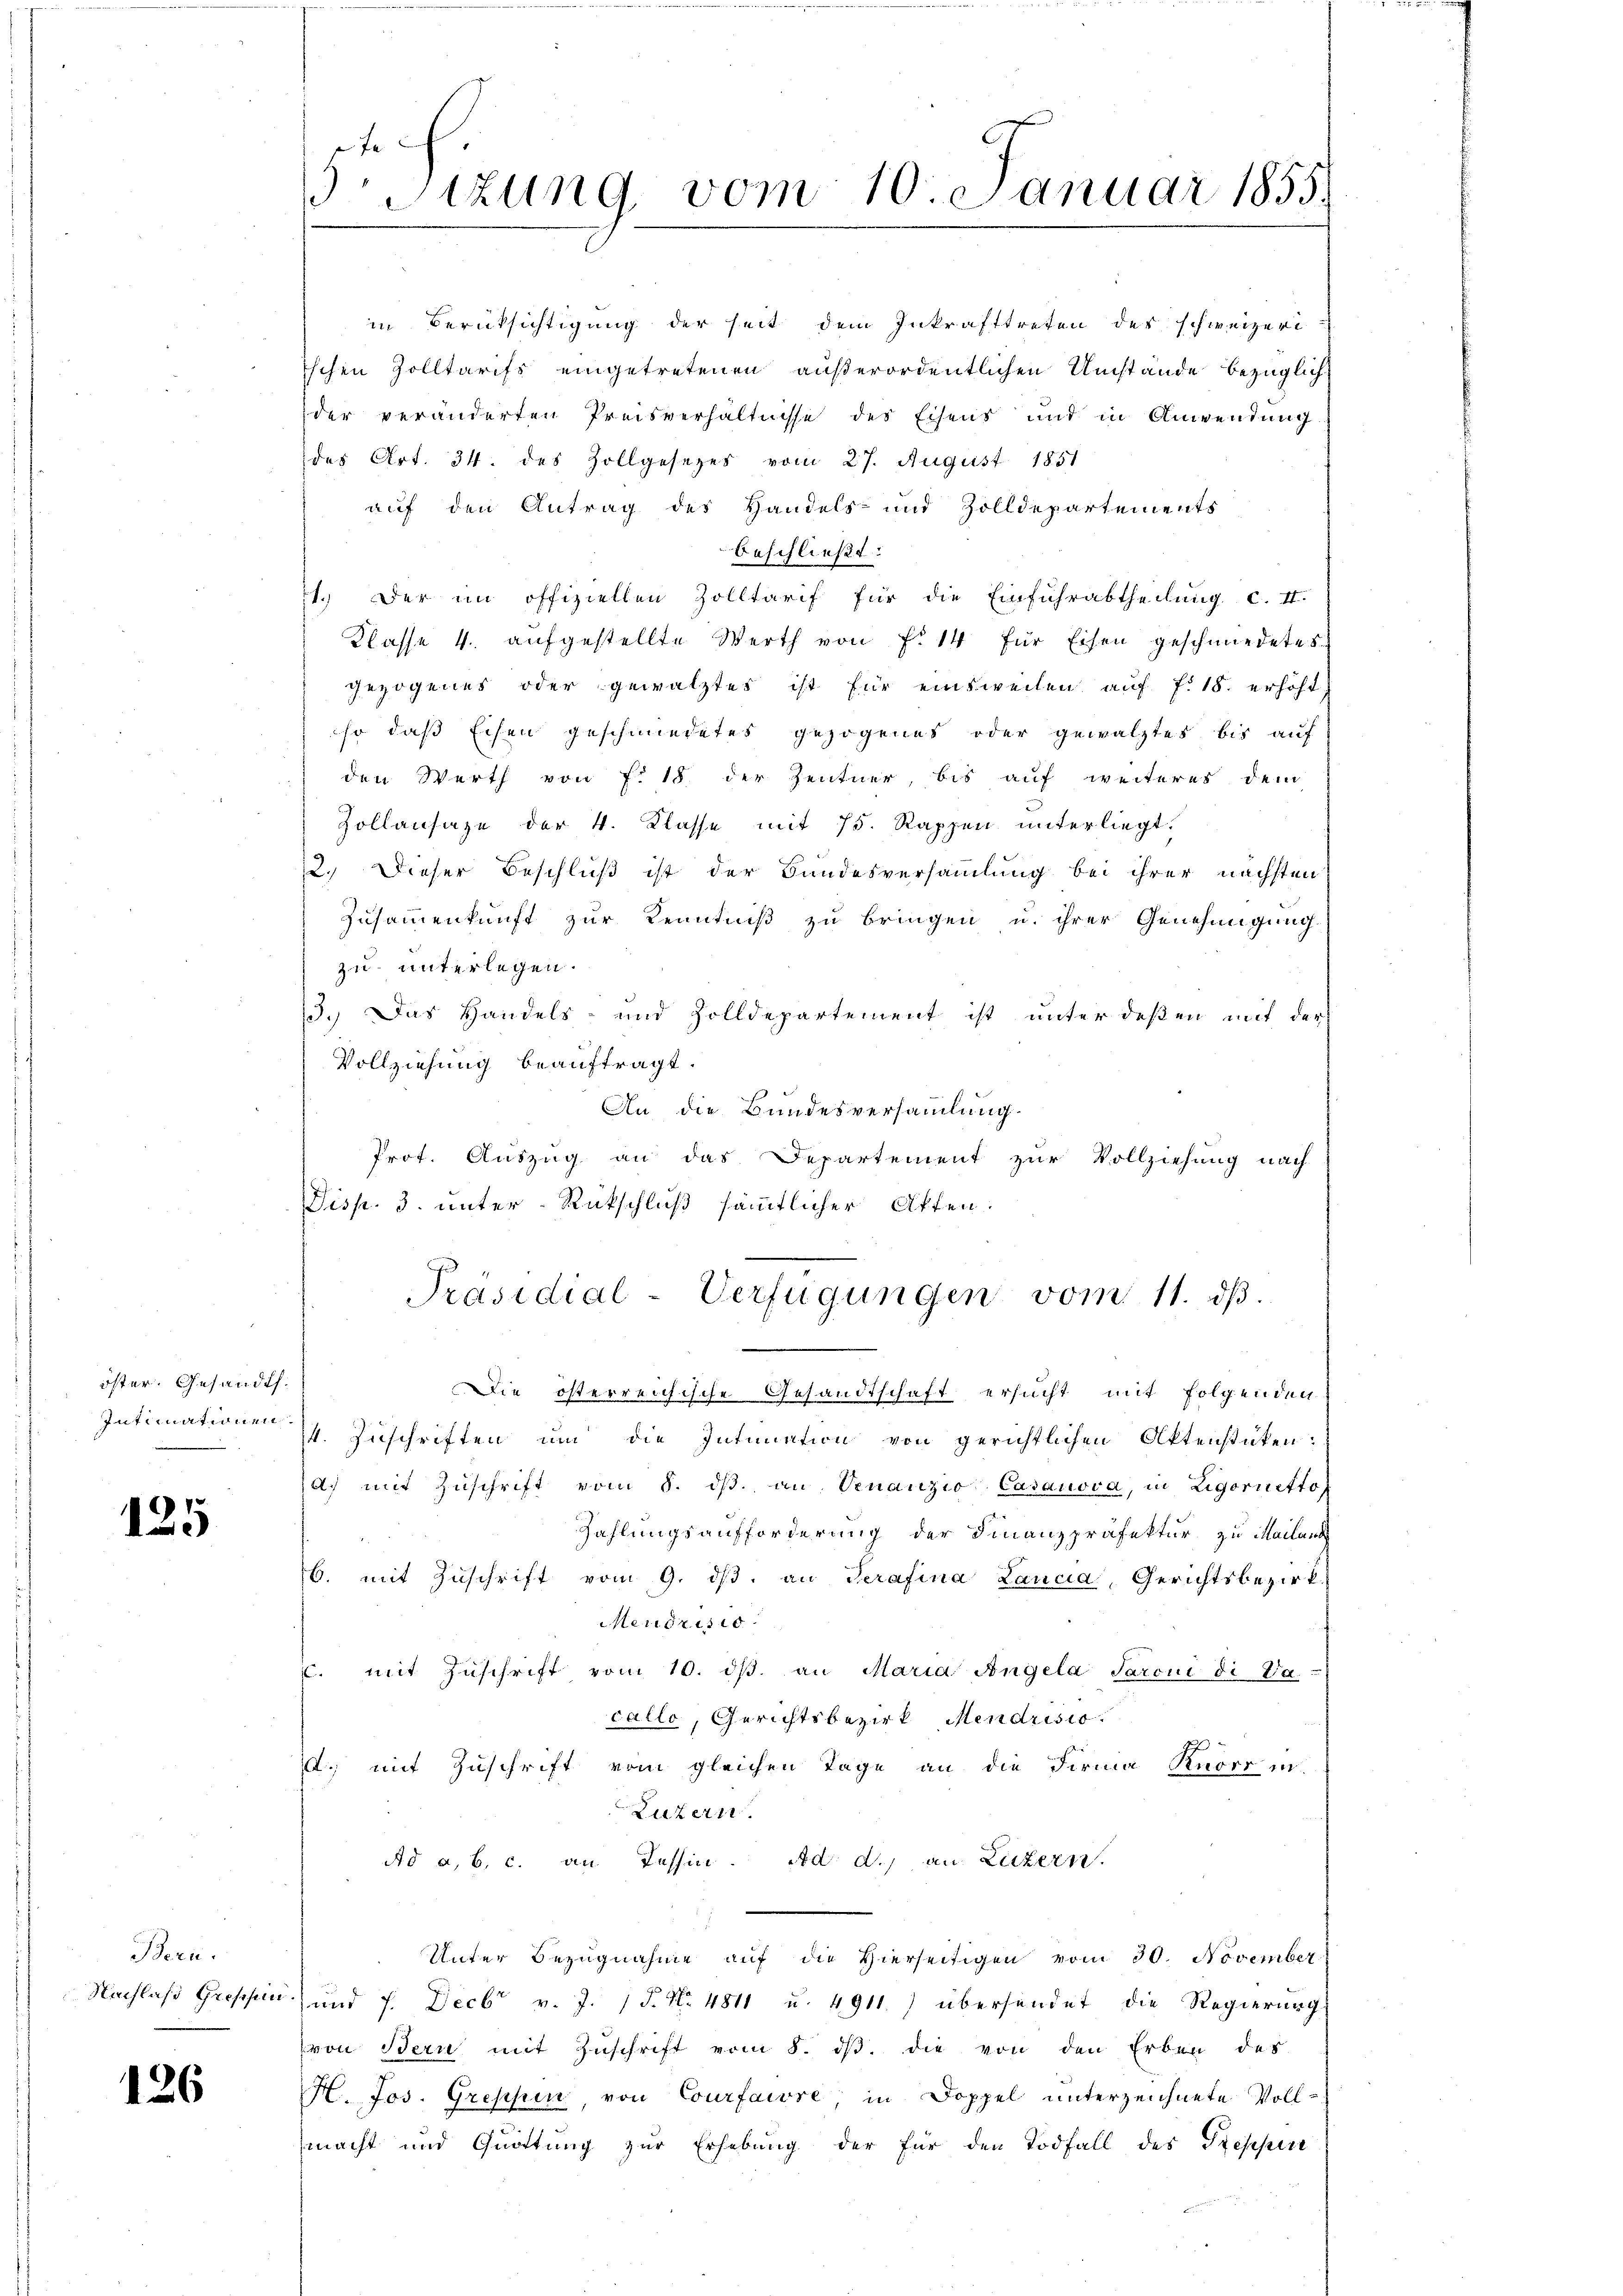
öster. Gesandt.

125

Bern.

126

3Stzung vom 10. Januar 1855.

in Berüksichtigung der seit dem Inkrafttreten der schweizeri
tschen Zolltarifs eingetretenen außerordentlichen Umstände bezüglich
der veränderten Preisverhältnisse des Eisens und in Anwendung
des Art. 34. des Zollgesezes vom 27. August 1851
auf den Antrag des Handels- und Zolldepartements
beschließt:
1.) Der im offiziellen Zolltarif für die Einfuhrabtheilung c. 4.
Klasse 4. aufgestellte Werth von Fr. 14 für Eisen geschmiedetes
gezogenes oder gewälztes ist für einsweilen auf f. 18. erhöht,
so daß Eisen geschmiedetes gezogenes oder gewälztes bis auf
den Werth von f. 18 der Zentner, bis auf weiteres dem
Zollansaze der 4. Klasse mit 75. Rappen unterliegt.
12. Dieser Beschluß ist der Bundesversammlung bei ihrer nächsten
Zusammenkunft zur Kenntniß zu bringen u. ihrer Genehmigung
zu unterlegen.
3.) Das Handels- und Zolldepartement ist unter deßen mit der
Vollziehung beauftragt.
An die Bundesversammlung.
Prot. Auszug an das Departement zur Vollziehung nach
Disp. 3. unter Rückschluß sämmtlicher Akten.
Präsidial-Verfügungen vom 11. dβ.
Die österreichische Gesandtschaft ersucht mit folgenden
Intimationen Zuschriften um die Intimation von gerichtlichen Aktenstüken:
a) mit Zŭschrift vom 8. dβ an Venanzio Casanova, in Zigorietto,
Zahlungsaufforderung der Finanzpräfektur zu Mailand
6. mit Zŭschrift vom 9. dβ an Serafina Lancia Gerichtsbezirk
Mendrisie
C. mit Zŭschrift vom 10. dβ an Maria Angela Saroni di Pa
callo, Gerichtsbezirk Mendrisio
A.) mit Zuschrift vom gleichen Tage an die Firma Knorr in
Luzern.
Ad a, b. c. an Tessin. Ad. d. an Luzern.
Unter Bezugnahme auf die Hierseitigen vom 30. November
Nachlaβ Grossin und 7. Decbr v. J. P. Nr. 4811 u. 4911.) übersendet die Regierŭng
von Bern mit Zŭschrift vom 8. dβ. die von den Erben des
H. Jos. Greppen, von Courfaire, in Doppel unterzeichnete Vollmacht und Quittung zur Erhebung der für den Todfall des Stepper